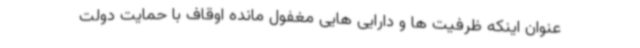
عنوان اینکه ظرفیت ها و دارایی هایی مغفول مانده اوقاف با حمایت دولت